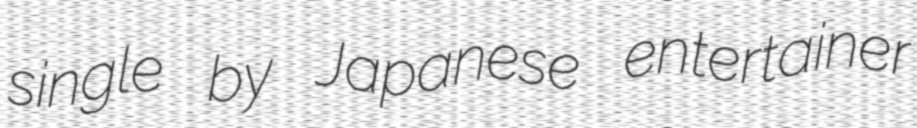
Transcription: single by Japanese entertainer